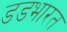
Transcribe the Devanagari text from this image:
डडभारत